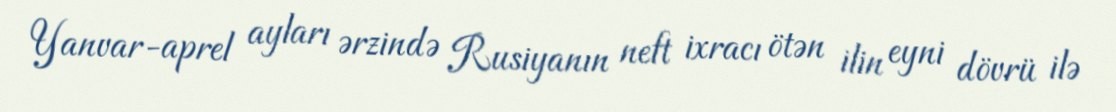
Yanvar-aprel ayları ərzində Rusiyanın neft ixracı ötən ilin eyni dövrü ilə